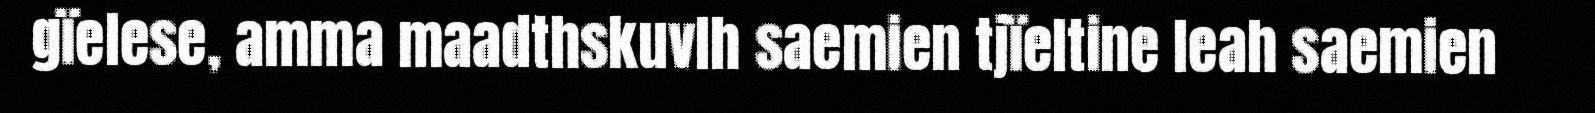
gïelese, amma maadthskuvlh saemien tjïeltine leah saemien